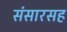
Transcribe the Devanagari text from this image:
संसारसह